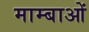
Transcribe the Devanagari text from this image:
माम्बाओं